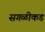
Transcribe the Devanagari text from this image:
सगळीकड